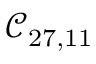
\mathcal { C } _ { 2 7 , 1 1 }